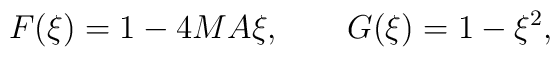
F(\xi)=1- 4MA\xi, \qquad G(\xi) = 1-\xi^2,